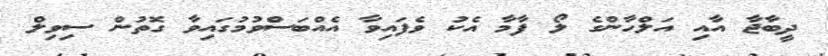
ދީބާޖާ އާއި އަލްހާންގެ ލޯ ފާމާ އެކު ވެފައިވާ އެއްބަސްވުމުގައިވާ ގޮތުން ސިވިލް